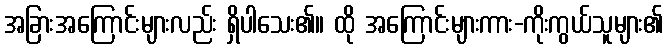
အခြားအကြောင်းများလည်း ရှိပါသေး၏။ ထို အကြောင်းများကား-ကိုးကွယ်သူများ၏